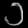
Digit: ၁